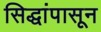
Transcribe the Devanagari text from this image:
सिद्धांपासून